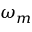
\omega _ { m }